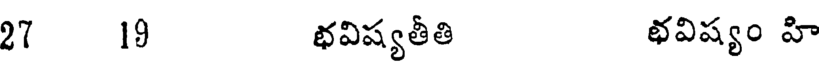
27 19 భవిష్యతీతి భవిష్యం హి